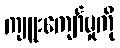
ကျူးကျော်မှုကို